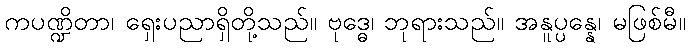
ကပဏ္ဍိတာ၊ ရှေးပညာရှိတို့သည်။ ဗုဒ္ဓေ၊ ဘုရားသည်။ အနူပ္ပန္နေ၊ မဖြစ်မီ။